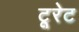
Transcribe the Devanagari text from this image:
टूरेट